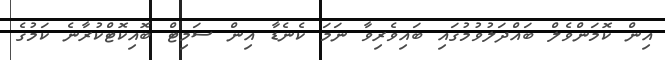
އިން ކޮމަންވެލް ބައްދަލުވުމުގައި ބައިވެރިވާ ނަމަ ކެނެޑާ އިން ސަމިޓް ބޮއިކޮޓްކުރާނެ ކަމުގެ